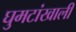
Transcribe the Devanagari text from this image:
घुमटांखाली